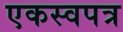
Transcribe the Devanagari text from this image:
एकस्वपत्र